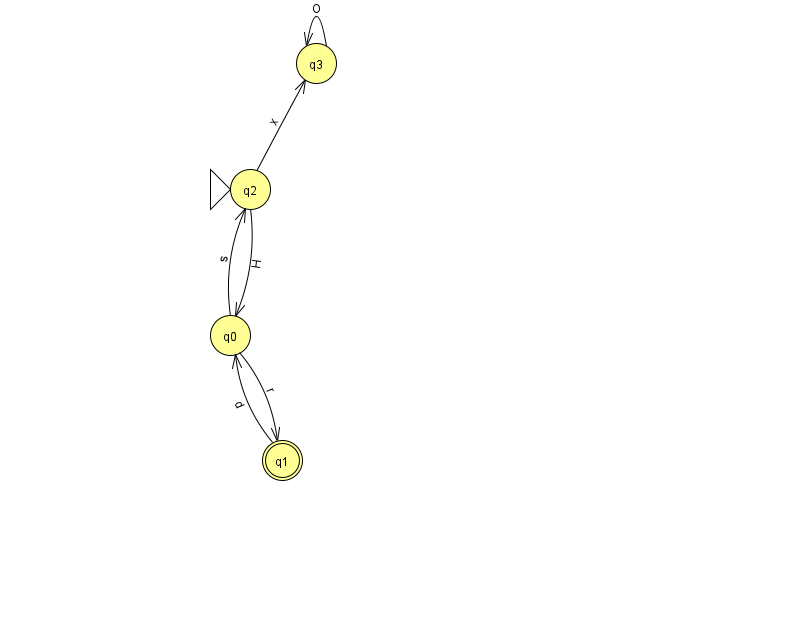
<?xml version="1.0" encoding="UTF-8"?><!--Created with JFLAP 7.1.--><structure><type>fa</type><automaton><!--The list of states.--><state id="0" name="q0"><x>230.0</x><y>322.0</y></state><state id="1" name="q1"><x>282.0</x><y>447.0</y><final/></state><state id="2" name="q2"><x>250.0</x><y>176.0</y><initial/></state><state id="3" name="q3"><x>316.0</x><y>50.0</y></state><!--The list of transitions.--><transition><from>1</from><to>0</to><read>d</read></transition><transition><from>0</from><to>1</to><read>r</read></transition><transition><from>2</from><to>0</to><read>H</read></transition><transition><from>2</from><to>3</to><read>x</read></transition><transition><from>0</from><to>2</to><read>s</read></transition><transition><from>3</from><to>3</to><read>O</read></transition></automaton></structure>